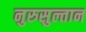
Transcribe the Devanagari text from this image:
नुरुसुल्तान